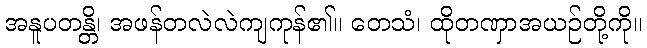
အနူပတန္တိ၊ အဖန်တလဲလဲကျကုန်၏။ တေသံ၊ ထိုတဏှာအယဉ်တို့ကို။